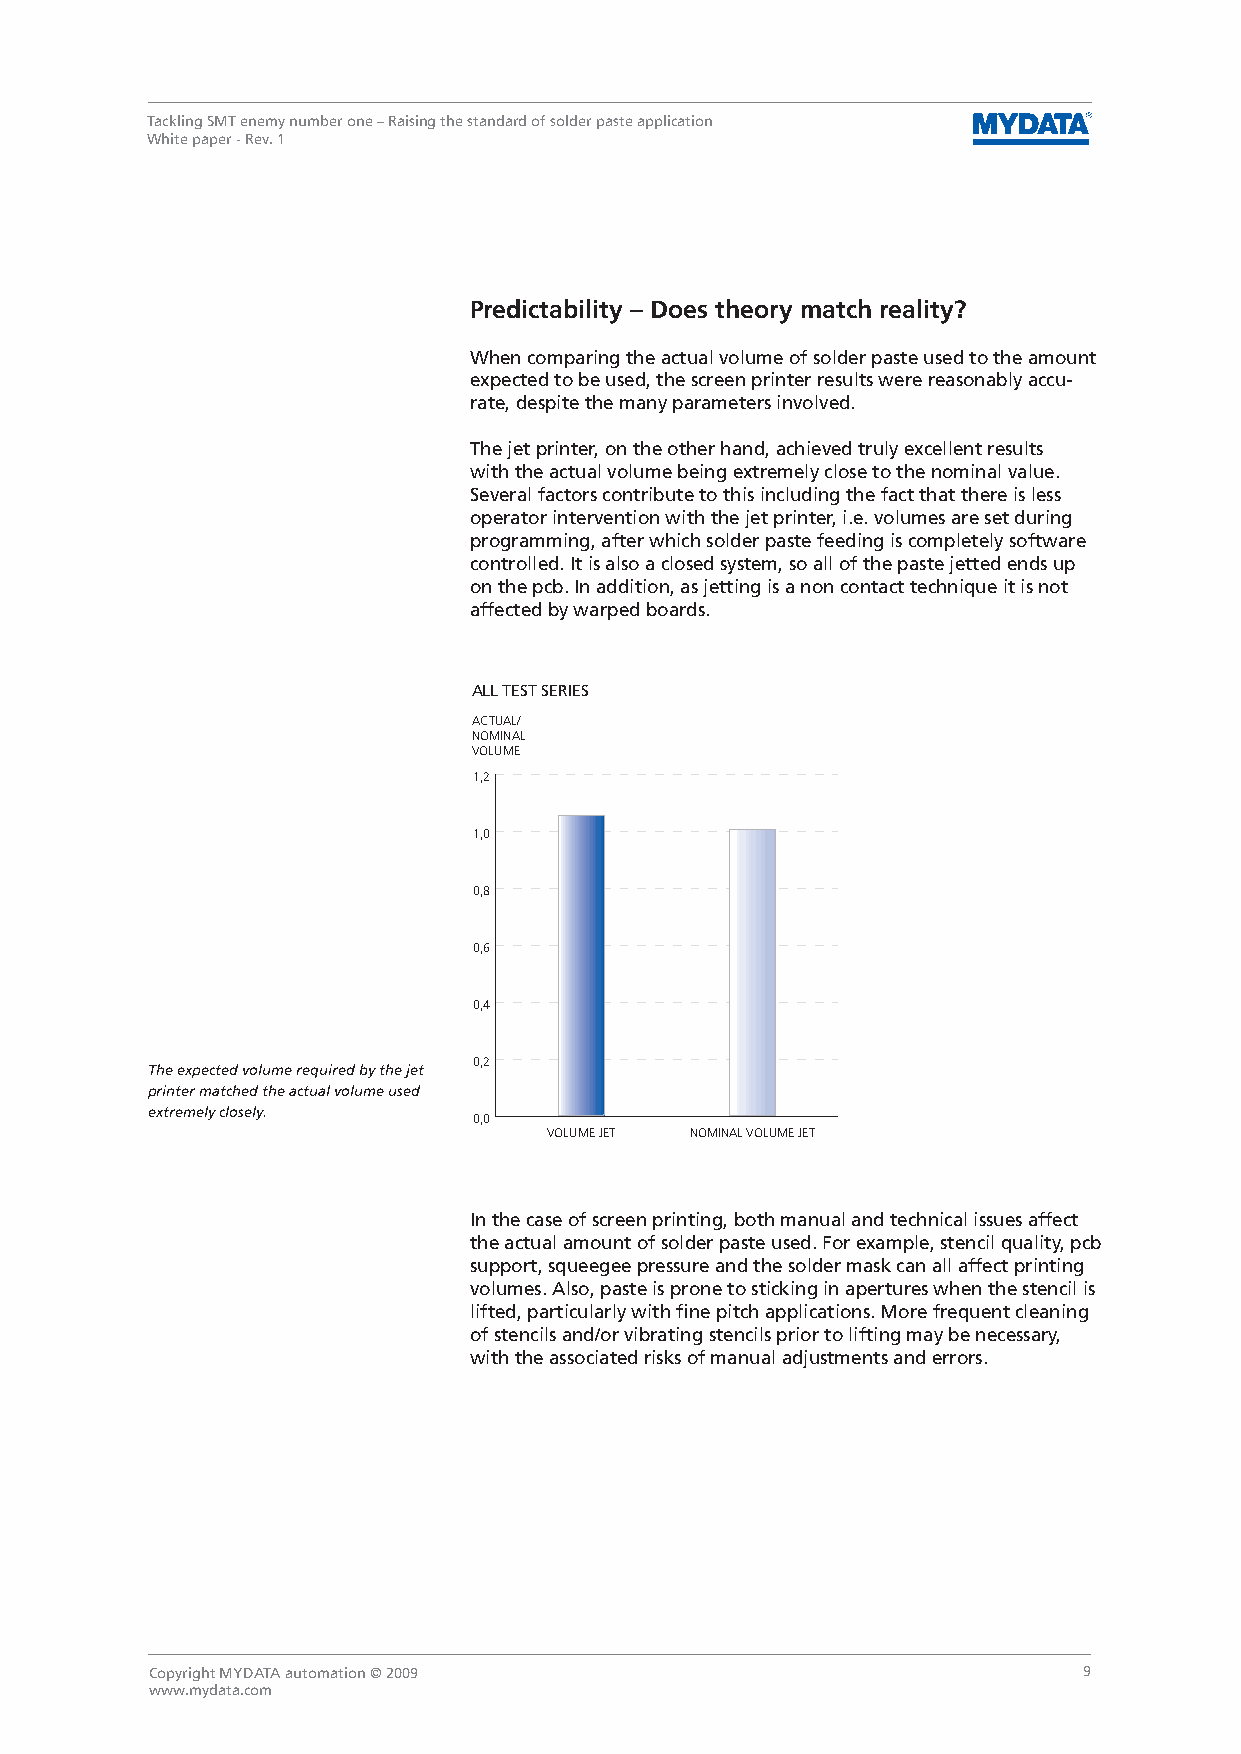
Tackling SMT enemy number one – Raising the standard of solder paste application
 White paper - Rev. 1
 Predictability – Does theory match reality?
 When comparing the actual volume of solder paste used to the amount
 expected to be used, the screen printer results were reasonably accu-
 rate, despite the many parameters involved.
 The jet printer, on the other hand, achieved truly excellent results
 with the actual volume being extremely close to the nominal value.
 Several factors contribute to this including the fact that there is less
 operator intervention with the jet printer, i.e. volumes are set during
 programming, after which solder paste feeding is completely software
 controlled. It is also a closed system, so all of the paste jetted ends up
 on the pcb. In addition, as jetting is a non contact technique it is not
 affected by warped boards.
 ALL TEST SERIES
 ACTUAL/
 NOMINAL
 VOLUME
 1,2
 1,0
 0,8
 0,6
 0,4
 0,2
 The expected volume required by the jet
 printer matched the actual volume used
 extremely closely.
 0,0
 VOLUME JET NOMINAL VOLUME JET
 In the case of screen printing, both manual and technical issues affect
 the actual amount of solder paste used. For example, stencil quality, pcb
 support, squeegee pressure and the solder mask can all affect printing
 volumes. Also, paste is prone to sticking in apertures when the stencil is
 lifted, particularly with fine pitch applications. More frequent cleaning
 of stencils and/or vibrating stencils prior to lifting may be necessary,
 with the associated risks of manual adjustments and errors.
 Copyright MYDATA automation © 2009                            9
 www.mydata.com